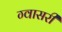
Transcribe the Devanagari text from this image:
ग्वासरी